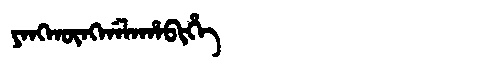
Manchu: ᠶᠠᠩᡴᡡᠩᡤᠠᠯᠠᡥᠠᠪᡳᡥᡝ
Romanization: YANGKŪNGGALAHABIHE